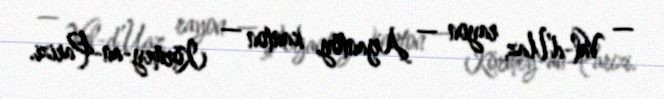
— Val-d’Uaz, rayon — Arjantöy, kanton — Kormey-an-Parizi.